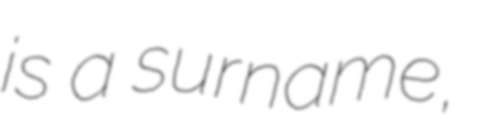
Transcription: is a surname,